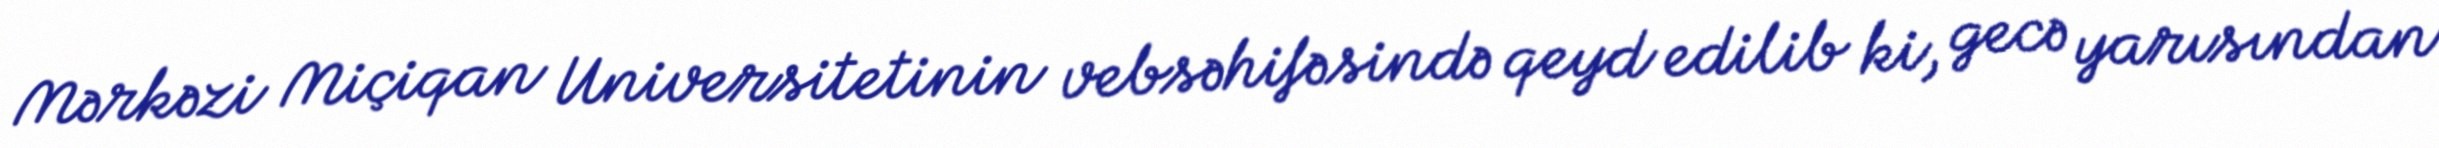
Mərkəzi Miçiqan Universitetinin vebsəhifəsində qeyd edilib ki, gecə yarısından